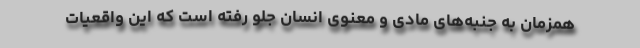
همزمان به جنبه‌های مادی و معنوی انسان جلو رفته است که این واقعیات